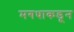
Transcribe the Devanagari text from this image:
मगधाकडून